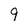
Character: 9